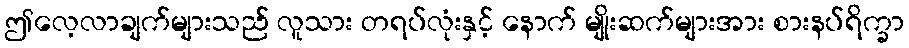
ဤလေ့လာချက်များသည် လူသား တရပ်လုံးနှင့် နောက် မျိုးဆက်များအား စားနပ်ရိက္ခာ